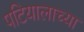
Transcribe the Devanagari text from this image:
पटियालाच्या